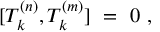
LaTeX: [ T _ { k } ^ { ( n ) } , T _ { k } ^ { ( m ) } ] \ = \ 0 \ ,